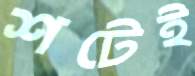
শটেই